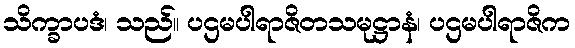
သိက္ခာပဒံ၊ သည်။ ပဌမပါရာဇိတသမုဋ္ဌာနံ၊ ပဌမပါရာဇိက